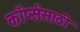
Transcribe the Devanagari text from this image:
कॉर्प्ससाठी